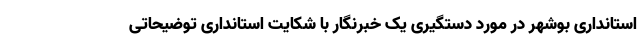
استانداری بوشهر در مورد دستگیری یک خبرنگار با شکایت استانداری توضیحاتی